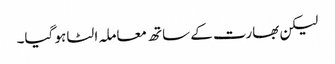
لیکن بھارت کے ساتھ معاملہ الٹا ہو گیا۔